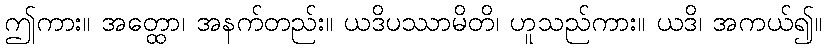
ဤကား။ အတ္ထော၊ အနက်တည်း။ ယဒိပဿာမိတိ၊ ဟူသည်ကား။ ယဒိ၊ အကယ်၍။